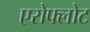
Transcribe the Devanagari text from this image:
एरोफ्लोट